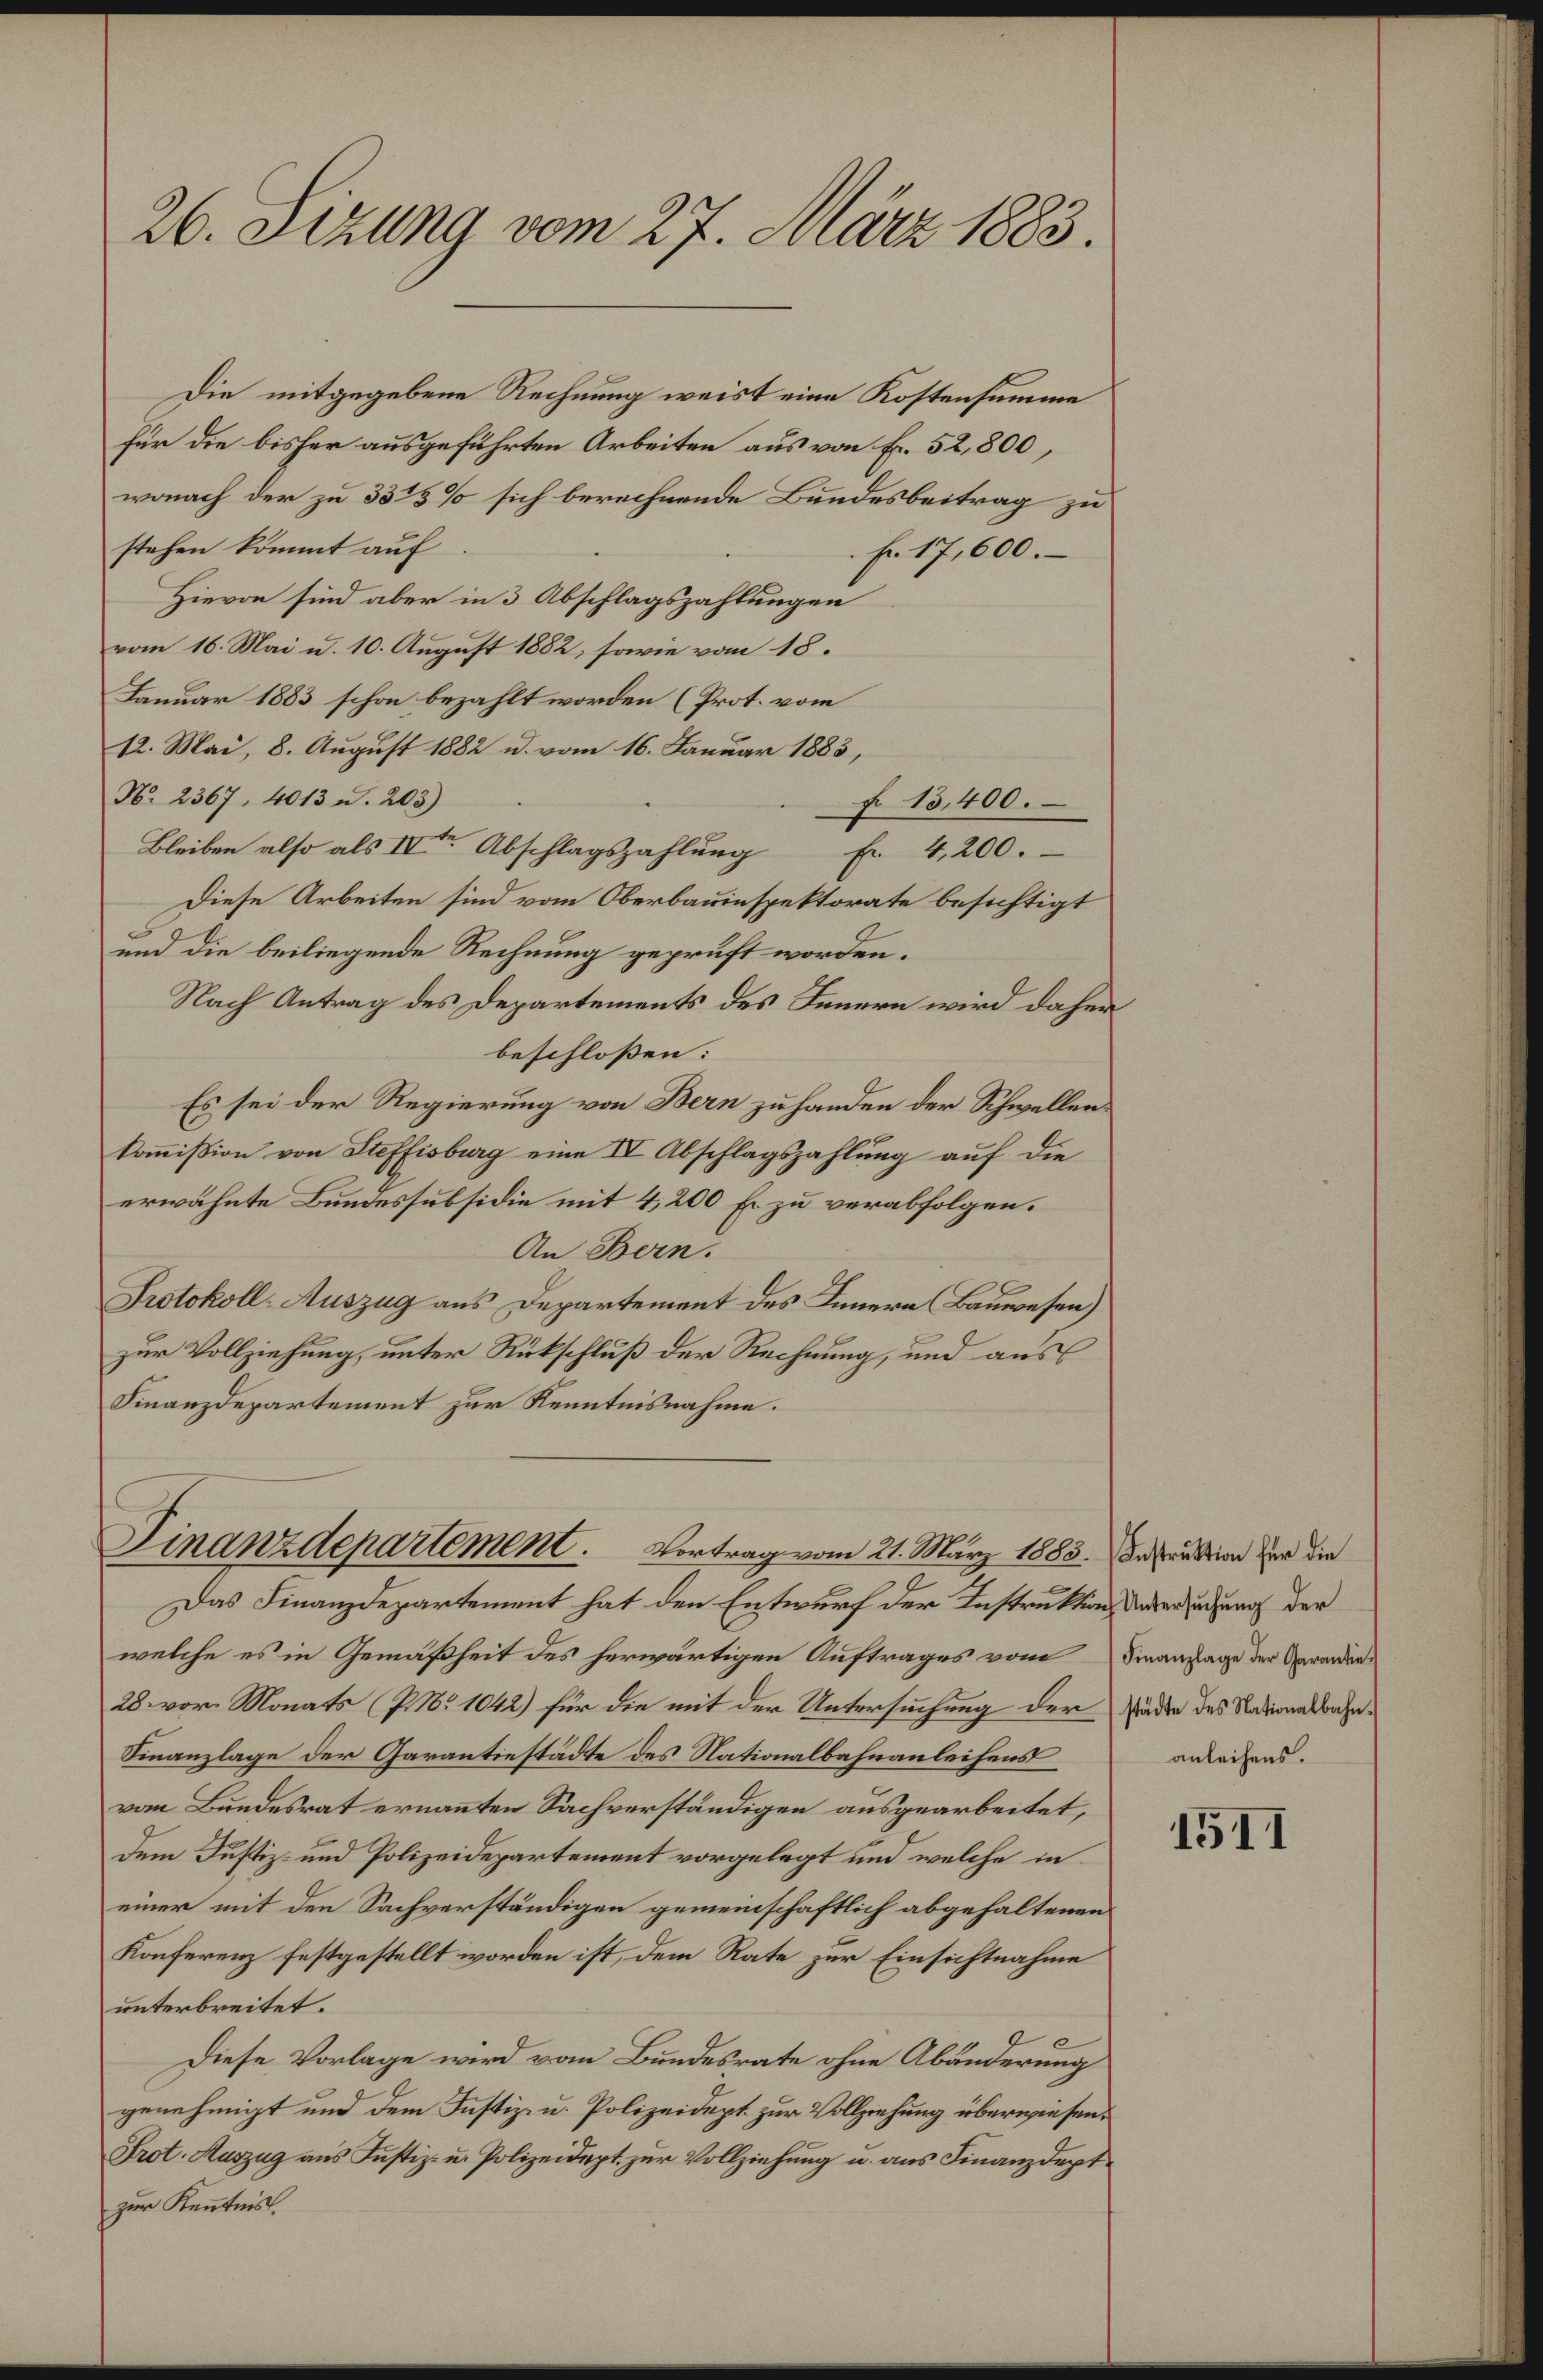
26. Sizung vom 27. März 1883.

Die mitgegebene Rechnung weist eine Kostensumme
für die bisher ausgeführten Arbeiten aus von Fr. 52,800,
wonach der zu 3325% sich berechnende Bundesbeitrag zu
stehen kommt auf
Fr. 17,600.
Hievon sind aber in 3 Abschlagszahlungen
vom 16. Mai u. 10. August 1882, sowie vom 18.
Januar 1883 schon bezahlt worden (Prot. vom
12. Mai, 8. August 1882 u. vom 16. Januar 1883,
No. 2367. 4013 u. 203)
f 15,400.
Bleiben also als IVte Abschlagszahlŭng Fr. 4,200.
Diese Arbeiten sind vom Oberbauinspektorate besichtigt
und die beiliegende Rechnung geprüft worden.
Nach Antrag des Departements des Innern wird daher
beschloßen:
Es sei der Regierung von Bern zu handen der Schwellenkoṁission von Steffisburg eine IV Abschlagszahlung auf die
erwähnte Bundessubsidie mit 4,200 Fr zu verabfolgen.
An Bern.
Protokoll-Auszug aus Departement des Innern (Bauwesen)
zur Vollziehung, unter Rückschluß der Rechnung, und aus
Finanzdepartement zur Kenntnisnahme.

Finanzdepartement. Vortrag vom 21. März 1885. Instruktion der die

Das Finanzdepartement hat den Entwurf der Instruktion der eredung der
welche es in Gemäßheit des herwärtigen Auftrages vom
28. vor. Monats (P. Nr. 1042) für die mit der Untersuchung der Zädee des Nationalbahn¬
Finanzlage der Garantiestädte des Nationalbahnanleihens
vom Bundesrat ernannten Sachverständigen ausgearbeitet,
dem Justiz- und Polizeidepartement vorgelegt und welche in
einer mit den Sachverständigen gemeinschaftlich abgehaltenen
Konferenz festgestellt worden ist, dem Rate zur Einsichtnahme
unterbreitet.
e
Diese Vorlage wird vom Bundesrate ohne Abänderung
genehmigt und dem Justiz- u. Polizeidept. zur Vollziehung überwiesen.
Prot. Auszug aus Justiz- u. Polizeidept. zŭr Vollziehŭng u. ans Finanzdept
zur Kenntnis.

Finanzlage der Garantieanleihens.

1511